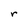
Character: r